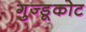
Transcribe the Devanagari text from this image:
गुज्डूकोट